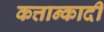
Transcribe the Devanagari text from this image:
कत्तान्कादी